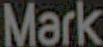
Mark